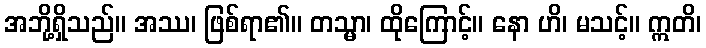
အဘို့ရှိသည်။ အဿ၊ ဖြစ်ရာ၏။ တသ္မာ၊ ထိုကြောင့်။ နော ဟိ၊ မသင့်။ ဣတိ၊